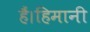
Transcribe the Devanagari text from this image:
हैं।हिमानी